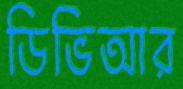
ডিভিআর